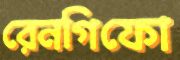
রেনগিফো